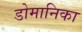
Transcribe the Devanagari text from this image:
डोमानिका